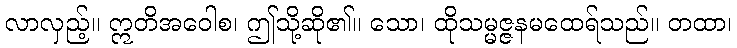
လာလှည့်။ ဣတိအဝေါစ၊ ဤသို့ဆို၏။ သော၊ ထိုသမ္မဇ္ဇနမထေရ်သည်။ တထာ၊